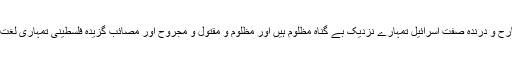
ظالم و غاصب و قاتل و جارح و درندہ صفت اسرائیل تمہارے نزدیک بے گناہ مظلوم ہیں اور مظلوم و مقتول و مجروح اور مصائب گزیدہ فلسطینی تمہاری لغت میں ظالم اور شرپسند ہیں۔